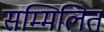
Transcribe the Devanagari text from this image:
सम्‍मिलित